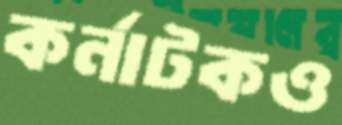
কর্নাটকও